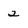
Character: 2